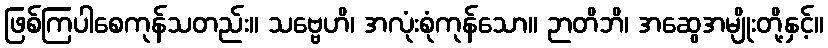
ဖြစ်ကြပါစေကုန်သတည်း။ သဗ္ဗေဟိ၊ အလုံးစုံကုန်သော။ ဉာတိဘိ၊ အဆွေအမျိုးတို့နှင့်။